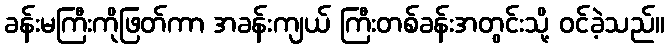
ခန်းမကြီးကိုဖြတ်ကာ အခန်းကျယ် ကြီးတစ်ခန်းအတွင်းသို့ ဝင်ခဲ့သည်။